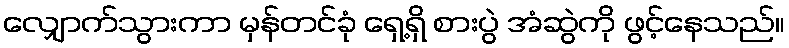
လျှောက်သွားကာ မှန်တင်ခုံ ရှေ့ရှိ စားပွဲ အံဆွဲကို ဖွင့်နေသည်။